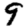
Digit: 9